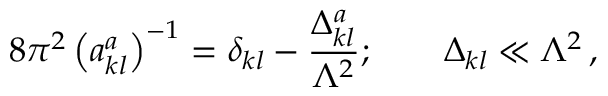
8 \pi ^ { 2 } \left( a _ { k l } ^ { a } \right) ^ { - 1 } = \delta _ { k l } - \frac { \Delta _ { k l } ^ { a } } { \Lambda ^ { 2 } } ; \qquad \Delta _ { k l } \ll \Lambda ^ { 2 } \, ,